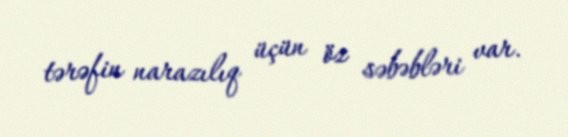
tərəfin narazılıq üçün öz səbəbləri var.